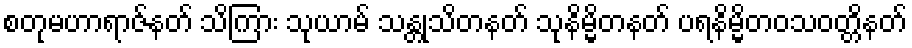
စတုမဟာရာဇ်နတ် သိကြား သုယာမ် သန္တုသိတနတ် သုနိမ္မိတနတ် ပရနိမ္မိတဝသဝတ္တိနတ်